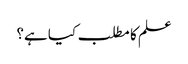
علم کا مطلب کیا ہے؟